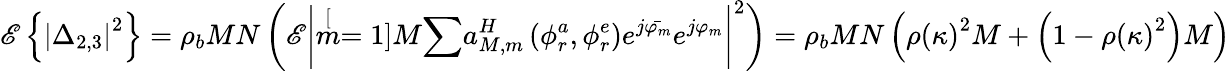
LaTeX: \mathscr{E}\left\{ \left|\Delta_{2,3}\right|^{2}\right\} =\rho_{b}MN\left(\mathscr{E}\left|\stackrel[m=1]{M}{\sum}a_{M,m}^{H}\left(\phi_{r}^{a},\phi_{r}^{e}\right)e^{j\bar{\varphi_{m}}}e^{j\varphi_{m}}\right|^{2}\right)=\rho_{b}MN\left(\rho\left(\kappa\right)^{2}M+\left(1-\rho\left(\kappa\right)^{2}\right)M\right)